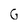
Character: G